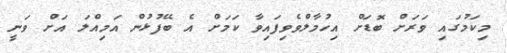
މިކަމުގައި ވަރަށް ބޮޑަށް އިހުމާލްވެވިފައިވާ ކަމަށް އެ ބޭފުޅުން އަމިއްލަ އަށް ވަނީ